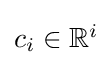
\textstyle c_{i}\in \mathbb {R} ^{i}